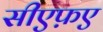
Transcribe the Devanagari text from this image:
सीएफ़ए